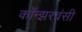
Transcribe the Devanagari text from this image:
कॉन्झरवंसी